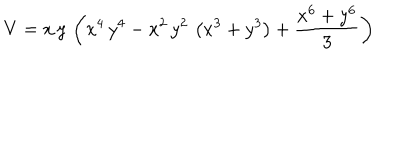
V = x \, y \, \left( { x ^ { 4 } } \, { y ^ { 4 } } - { x ^ { 2 } } \, { y ^ { 2 } } \, \left( { x ^ { 3 } } + { y ^ { 3 } } \right) + { \frac { { x ^ { 6 } } + { y ^ { 6 } } } { 3 } } \right)